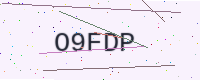
Text: O9FDP